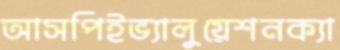
আসপিইভ্যালুয়েশনক্যা